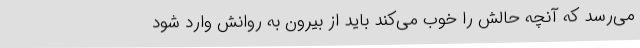
می‌رسد که آنچه حالش را خوب می‌کند باید از بیرون به روانش وارد شود